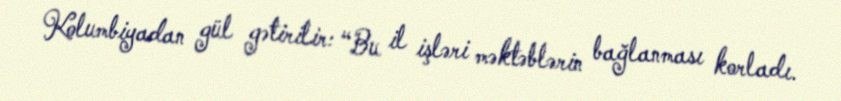
Kolumbiyadan gül gətirilir: “Bu il işləri məktəblərin bağlanması korladı.